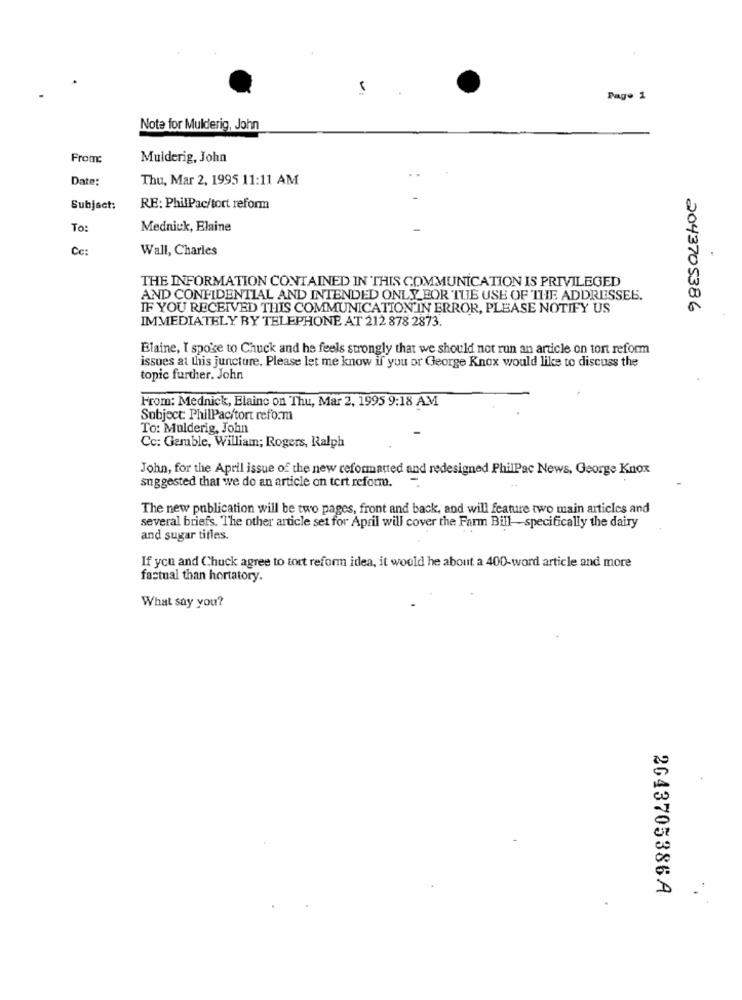
Page 1
Note for Mulderig, John
From:
Mulderig, John
Date:
Thu, Mar 2, 1995 11:11 AM
Subject:
RE: PhilPac/tort reform
To:
Mednick, Elaine
Cc:
Wall, Charles
THE INFORMATION CONTAINED IN THIS COMMUNICATION IS PRIVILEGED
AND CONFIDENTIAL AND INTENDED ONLY FOR THE USE OF THE ADDRESSEE.
IF YOU RECEIVED THIS COMMUNICATION IN ERROR, PLEASE NOTIFY US
2043705386
IMMEDIATELY BY TELEPHONE AT 212 878 2873.
Elaine, I spoke to Chuck and he feels strongly that we should not run an article on tort reform
issues at this juncture. Please let me know if you or George Knox would like to discuss the
topic further. John
From: Mednick, Elaine on Thu, Mar 2, 1995 9:18 AM
Subject: PhilPac/tort reform
To: Mulderig, John
Cc: Gamble, William; Rogers, Ralph
John, for the April issue of the new ceformatted and redesigned PhilPac News, George Knox
suggested that we do an article on tort reform.
The new publication will be two pages, front and back, and will feature two main articles and
several briefs. The other article set for April will cover the Farm Bill-specifically the dairy
and sugar titles.
If you and Chuck agree to tort reform idea, it would he about a 400-word article and more
factual than hortatory.
What say you?
2043705386A